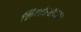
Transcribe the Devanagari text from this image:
लिप्यंतराच्या